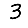
Digit: 3